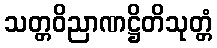
သတ္တဝိညာဏဋ္ဌိတိသုတ္တံ